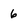
Character: 6